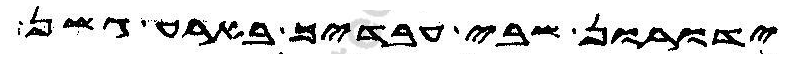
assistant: ידורון שבי עבדיך בארע גשן